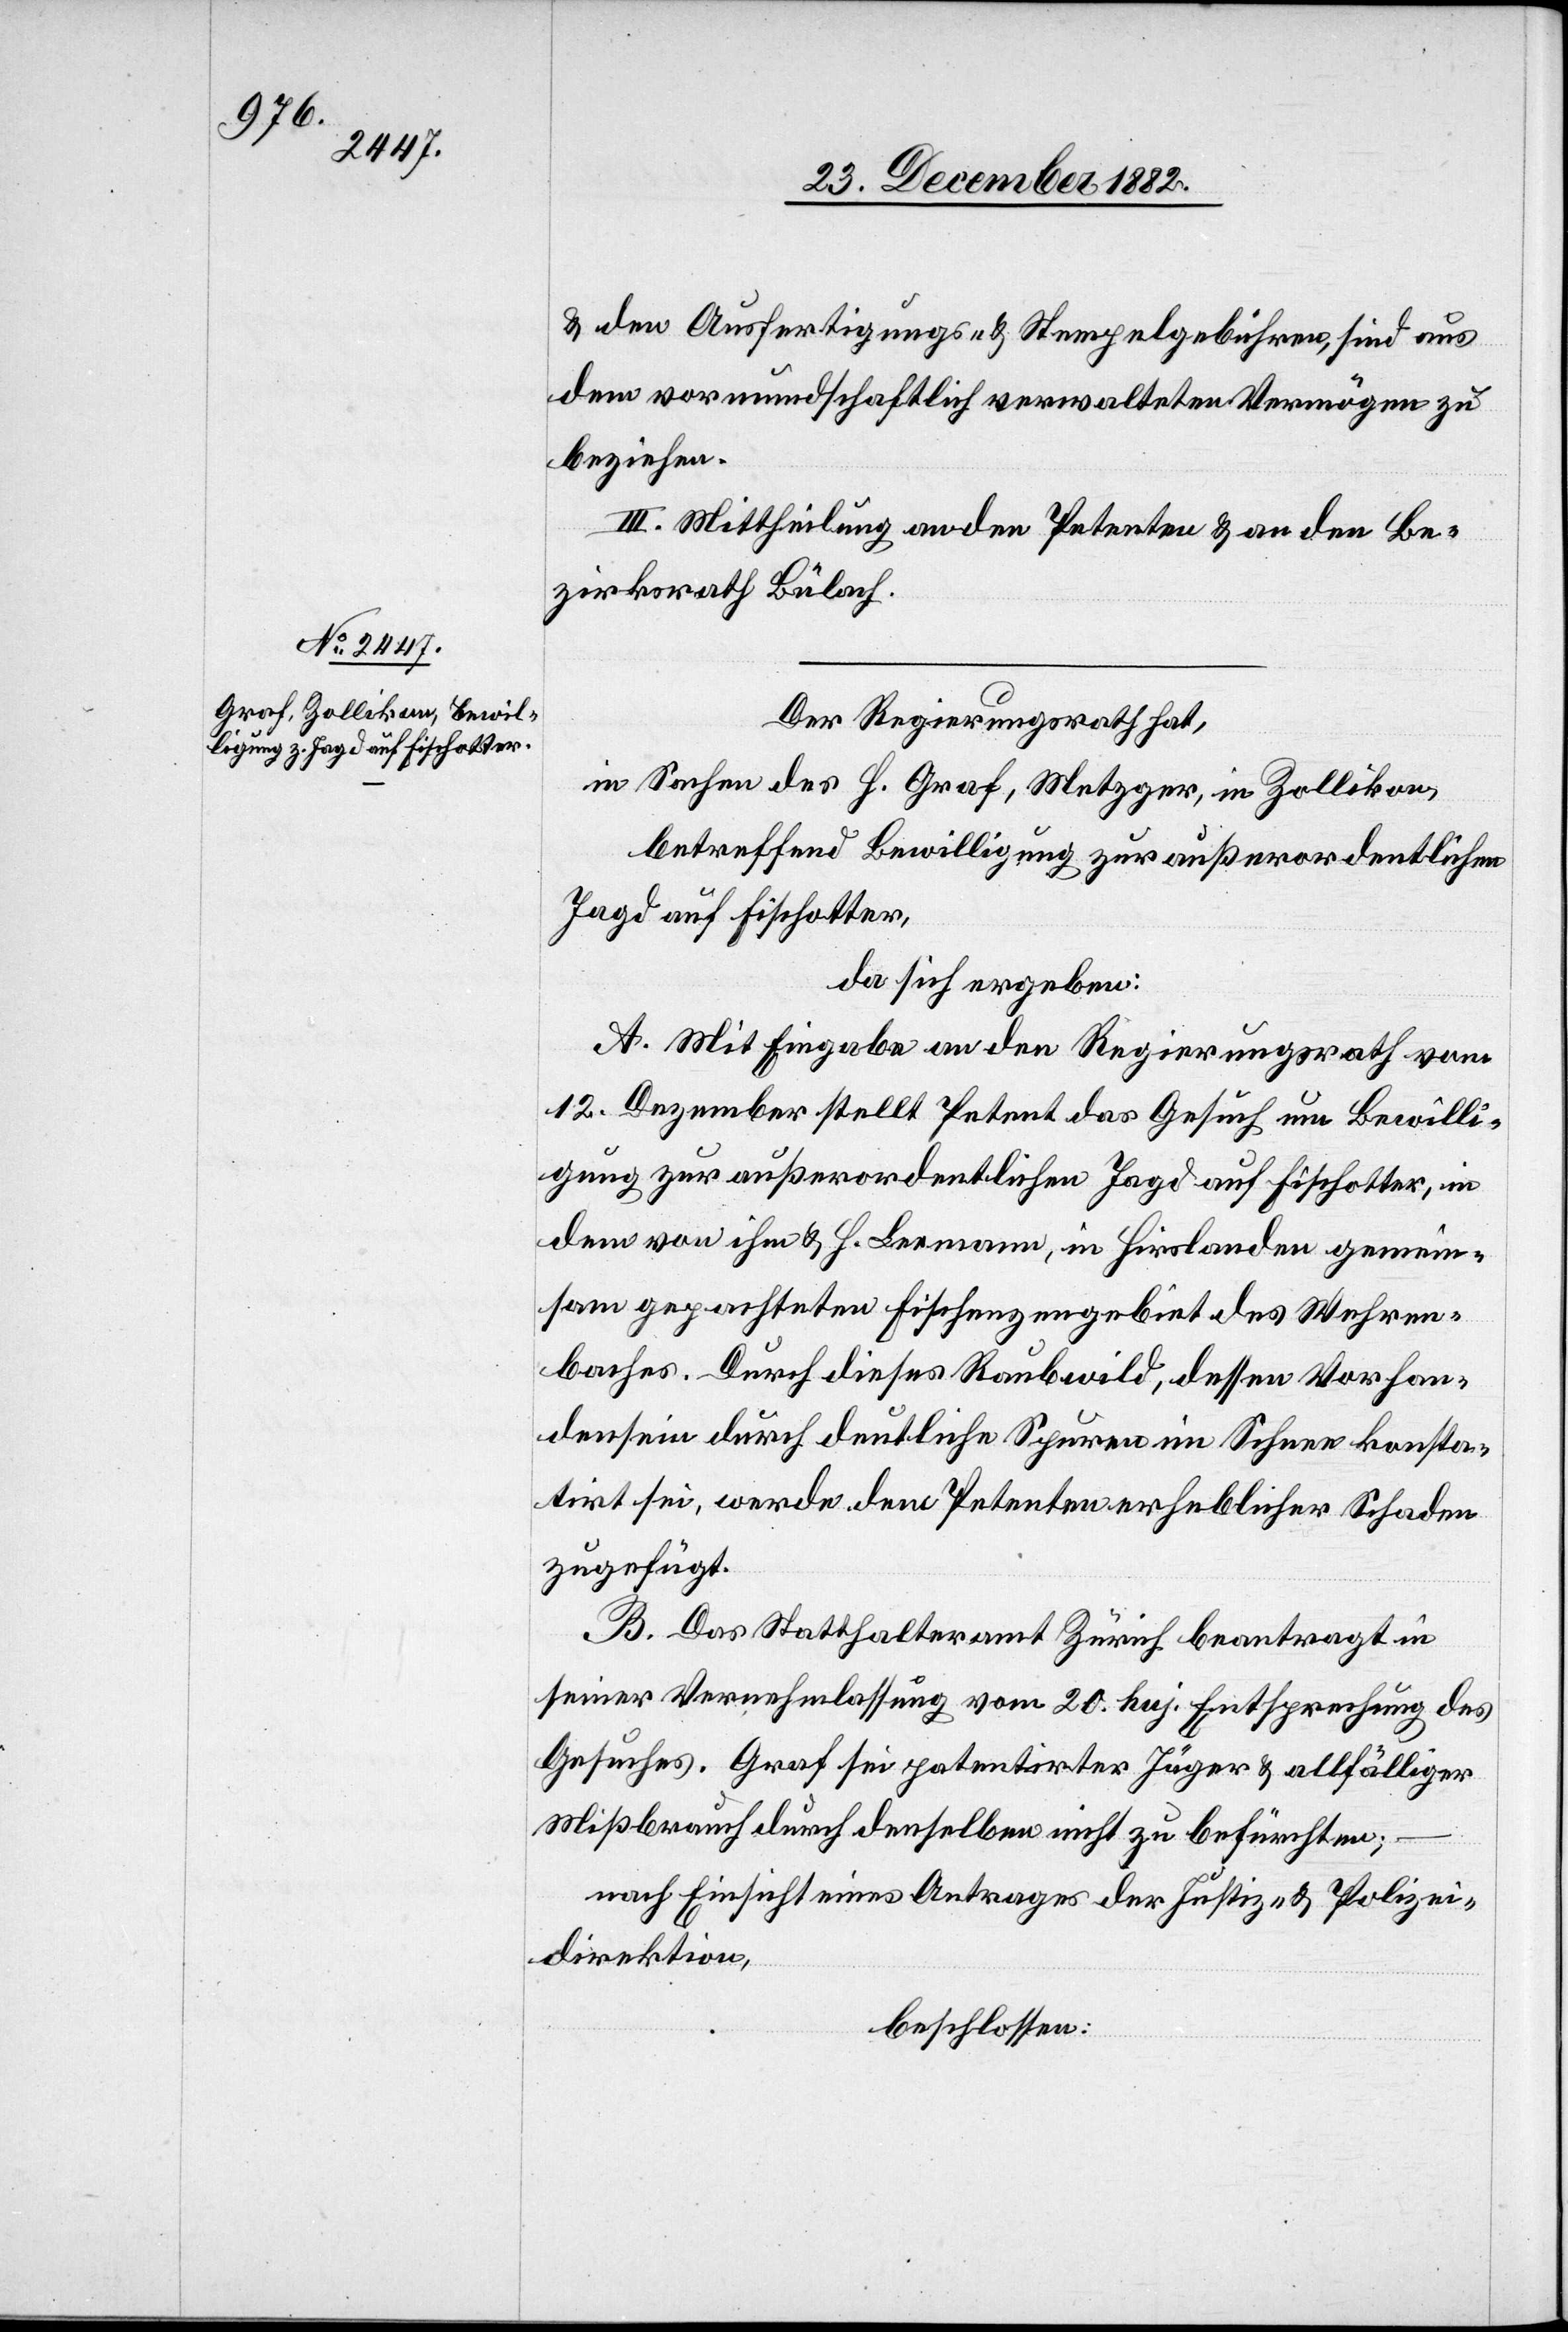
& den Ausfertigungs- & Stempelgebühren, sind aus
beziehen.
III. Mittheilung an den Petenten & an den Be¬
zirksrath Bülach.
Der Regierungsrath hat,
in Sachen des H. Graf, Metzger, in Zollikon,
betreffend Bewilligung zur außerordentlichen
Jagd auf Fischotter,
da sich ergeben:
A. Mit Eingabe an den Regierungsrath vom
12. Dezember stellt Petent das Gesuch um Bewilli¬
gung zur außerordentlichen Jagd auf Fischotter, in
dem von ihm & H. Leemann, in Hirslanden gemein¬
sam gepachteten Fischenzengebiet des Wehren¬
baches. Durch dieses Raubwild, dessen Vorhan¬
densein durch deutliche Spuren im Schnee konsta¬
tirt sei, werde dem Petenten erheblicher Schaden
zugefügt.
B. Das Statthalteramt Zürich beantragt in
seiner Vernehmlassung vom 20. huj. Entsprechung des
Gesuches. Graf sei patentirter Jäger & allfälliger
Mißbrauch durch denselben nicht zu befürchten;
nach Einsicht eines Antrages der Justiz- & Polizei¬
direktion,
beschlossen: